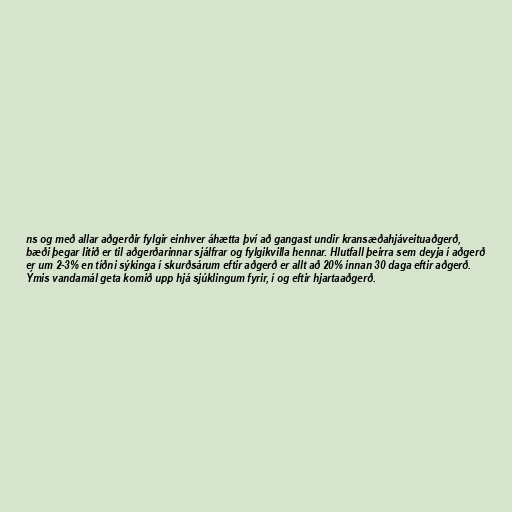
ns og með allar aðgerðir fylgir einhver áhætta því að gangast undir kransæðahjáveituaðgerð,
bæði þegar litið er til aðgerðarinnar sjálfrar og fylgikvilla hennar. Hlutfall þeirra sem deyja í aðgerð
er um 2-3% en tíðni sýkinga í skurðsárum eftir aðgerð er allt að 20% innan 30 daga eftir aðgerð.
Ýmis vandamál geta komið upp hjá sjúklingum fyrir, í og eftir hjartaaðgerð.